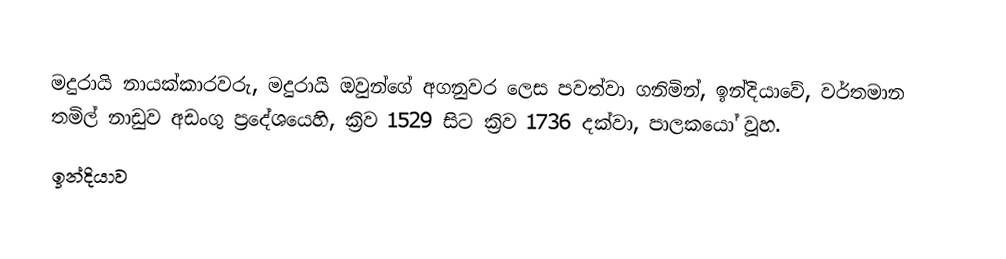
මදුරායි නායක්කාරවරු, මදුරායි ඔවුන්ගේ අගනුවර ලෙස පවත්වා ගනිමින්, ඉන්දියාවේ, වර්තමාන තමිල් නාඩුව අඩංගු ප්‍රදේශයෙහි, ක්‍රිව  1529 සිට ක්‍රිව 1736 දක්වා, පාලකයෝ වූහ.
ඉන්දියාව